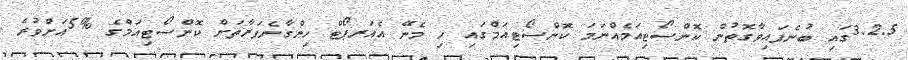
3.2.5ގައި ބުނެފައިވާގޮތުން ކޮންސޯޓިއަމެއްނަމަ ކޮންސޯޓިއަމްގައި ހި މެނޭ އެއަރޕޯޓް ހިންގާނެފަރާތަށް ކޮންސޯޓިއަމްގެ %5އަށްވުރެ